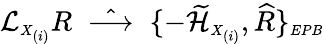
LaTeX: {\cal L}_{\scriptscriptstyle X_{(i)}}R\; \; \hat{\longrightarrow}\; \; \{ -\widetilde{\cal H}_{\scriptscriptstyle X_{(i)}},\widehat{R}\} _{\scriptscriptstyle EPB}